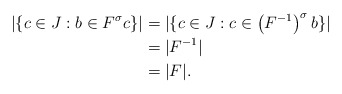
\begin{align*} |\{c \in J:b \in F^\sigma c\}| & = |\{c \in J: c \in \left( F^{-1} \right)^\sigma b \}| \\ & = |F^{-1}| \\ &= |F|. \end{align*}